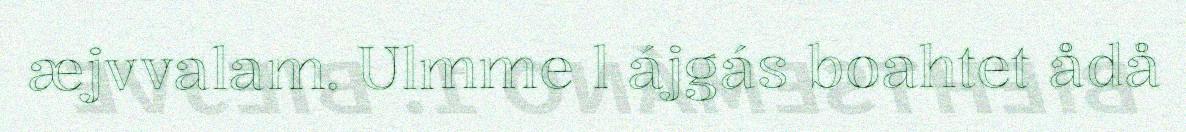
æjvvalam. Ulmme l ájgás boahtet ådå